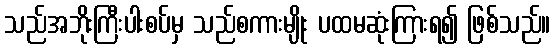
သည်အဘိုးကြီးပါးစပ်မှ သည်စကားမျိုး ပထမဆုံးကြားရ၍ ဖြစ်သည်။